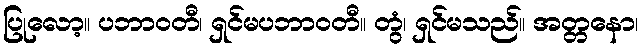
ပြုလော့။ ပဘာဝတီ၊ ရှင်မပဘာဝတီ။ တွံ၊ ရှင်မသည်။ အတ္တနော၊